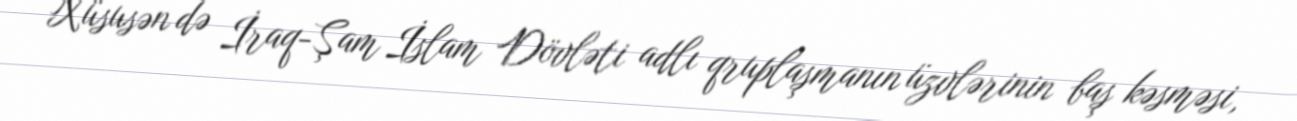
Xüsusən də İraq-Şam İslam Dövləti adlı qruplaşmanın üzvlərinin baş kəsməsi,